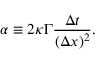
\alpha \equiv 2 \kappa \Gamma \frac { \Delta t } { ( \Delta x ) ^ { 2 } } .